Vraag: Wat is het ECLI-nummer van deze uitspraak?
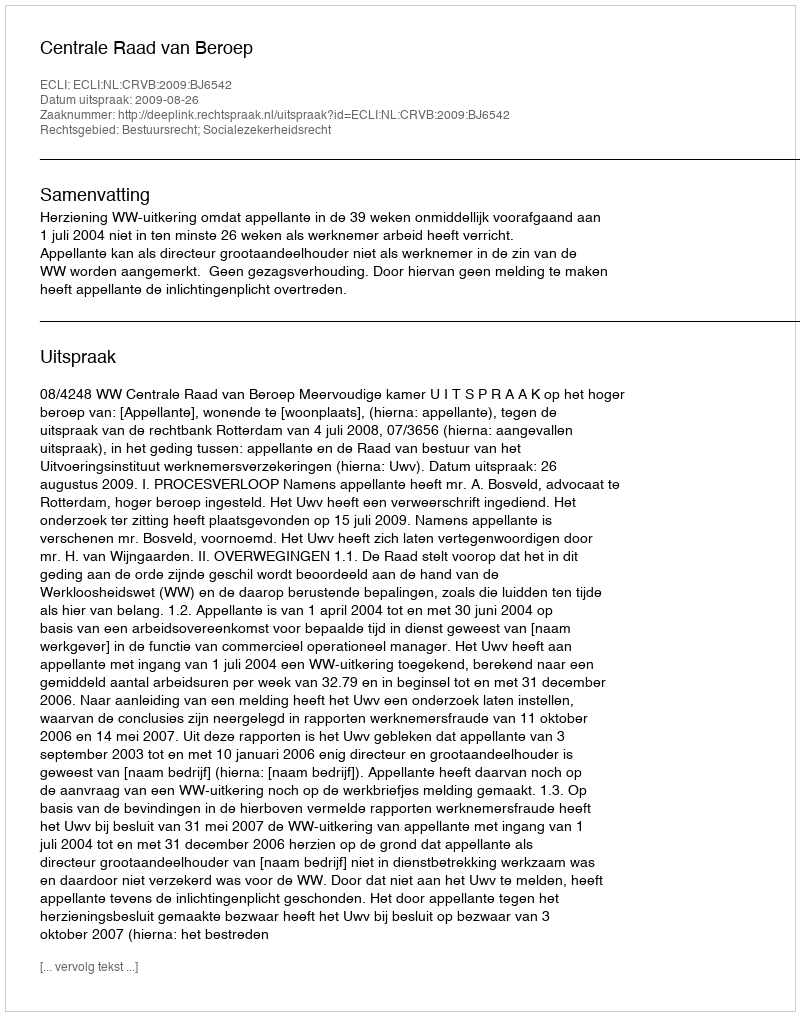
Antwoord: ECLI:NL:CRVB:2009:BJ6542